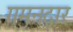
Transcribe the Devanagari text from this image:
गमनद्वार